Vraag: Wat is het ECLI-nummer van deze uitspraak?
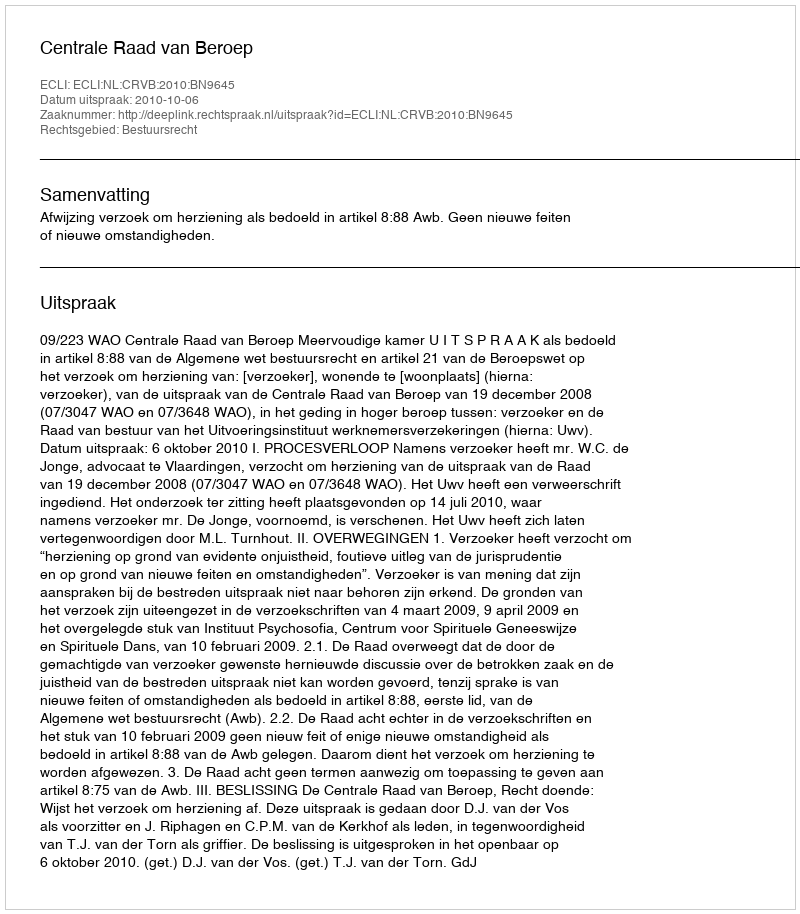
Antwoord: ECLI:NL:CRVB:2010:BN9645